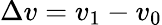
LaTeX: \Delta v=v_{1}-v_{0}